Lunatic asylums in Bengal annual reports 1912-1924 - 1912-1924
Year: 1912
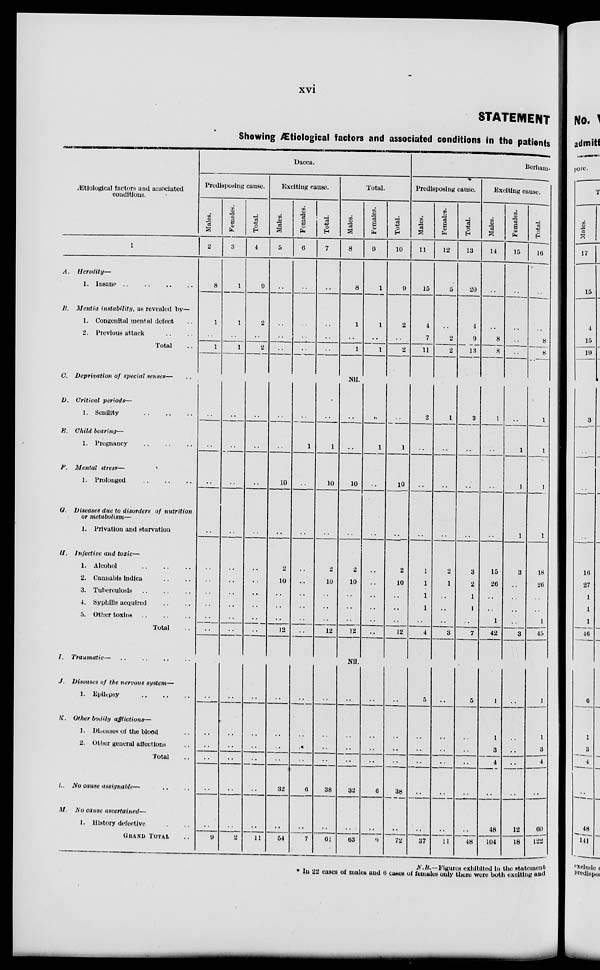
xvi
STATEMENT
Showing Ætiological factors and associated conditions in the patients
Ætiological factors and associated
conditions.
1
A.
Heredity—
1. Insane .. .. .. ..
B. Mentia instability, as revealed by—
1. Congenital mental defect ..
2. Previous attack .. ..
Total ..
C. Deprivation of special senses— ..
D. Critical periods—
1. Senility
..
..
..
E. Child bearing—
1. Pregnancy
..
..
..
F. Mental stress—
1. Prolonged .. .. ..
G. Diseases due to disorders of nutrition
or metabolism—
1. Privation and starvation
H. Infective and toxic—
1. Alcohol
..
..
..
2. Cannabis indica .. ..
3. Tuberculosis .. .. ..
4. Syphilis acquired .. ..
5. Other toxins .. .. ..
Total ..
I. Traumatic— .. .. .. ..
J. Diseases of the nervous system—
1. Epilepsy .. .. ..
K. Other bodily afflictions—
1. Diseases of the blood ..
2. Other general affections ..
Total ..
L. No cause assignable— .. ..
M. No cause ascertained—
1. History defective .. ..
GRAND TOTAL ..
Dacca.
Predisposing cause.
Males.
2
8
1
..
1
..
..
..
..
..
..
..
..
..
..
..
..
..
..
..
..
9
Females.
3
1
1
..
1
..
..
..
..
..
..
..
..
..
..
..
..
..
..
..
..
2
Total.
4
9
2
..
2
..
..
..
..
..
..
..
..
..
..
..
..
..
..
..
..
11
Exciting cause.
Males.
5
..
..
..
..
..
..
10
..
2
10
..
..
..
12
..
..
..
..
32
..
54
Females.
6
..
..
..
..
..
1
..
..
..
..
..
..
..
..
..
..
..
..
6
..
7
Total.
7
..
..
..
..
..
1
10
..
2
10
..
..
..
12
..
..
..
..
38
..
61
Total.
Males.
8
8
1
..
1
Nil.
..
..
10
..
2
10
..
..
..
12
Nil.
..
..
..
..
32
..
63
Females.
9
1
1
..
1
..
1
..
..
..
..
..
..
..
..
..
..
..
..
6
..
9
Total.
10
9
2
..
2
..
1
10
..
2
10
..
..
..
12
..
..
..
..
38
..
72
Berham-
Predisposing cause.
Males.
11
15
4
7
11
2
..
..
..
1
1
1
1
..
4
5
..
..
..
..
..
37
Females.
12
5
..
2
2
1
..
..
..
2
1
..
..
..
3
..
..
..
..
..
..
11
Total.
13
20
4
9
13
3
..
..
..
3
2
1
1
..
7
5
..
..
..
..
..
48
Exciting cause.
Males.
14
..
..
8
8
1
..
..
..
15
26
..
..
1
42
1
1
3
4
..
48
104
Females.
15
..
..
..
..
..
1
1
1
3
..
..
..
..
3
..
..
..
..
..
12
18
Total.
16
..
..
8
8
1
1
1
1
18
26
..
..
1
45
1
1
3
4
..
60
122
N.B.—Figures exhibited in the statement
* In 22 cases of males and 6 cases of females only there were both exciting and